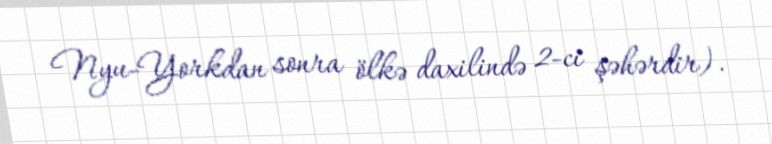
Nyu-Yorkdan sonra ölkə daxilində 2-ci şəhərdir).